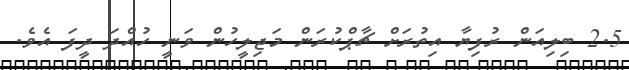
2.5 ބިލިއަން ރުފިޔާ އިތުރަށް ޗާޕްކުރަން މަޖިލީހުން ވަނީ ހުއްދަ ދީފަ އެވެ.